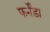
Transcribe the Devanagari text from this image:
फर्नेंडा